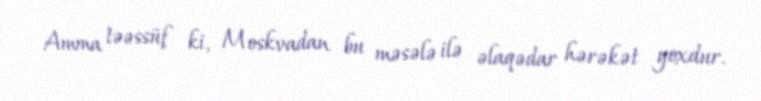
Amma təəssüf ki, Moskvadan bu məsələ ilə əlaqədar hərəkət yoxdur.